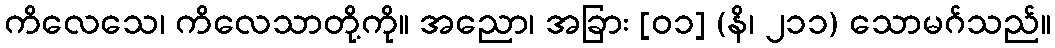
ကိလေသေ၊ ကိလေသာတို့ကို။ အညော၊ အခြား [၀၁] (နိ၊ ၂၁၁) သောမဂ်သည်။